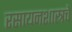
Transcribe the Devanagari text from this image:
रसायनशास्त्रचे